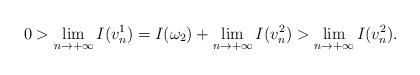
LaTeX: \begin{gather*} 0> \lim_{n \to +\infty} I(v_n^1)=I(\omega_2) + \lim_{n \to +\infty} I(v_n^2)> \lim_{n \to +\infty} I(v_n^2).\end{gather*}